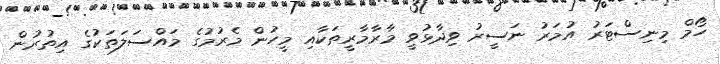
ހޯމް މިނިސްޓަރު އުމަރު ނަސީރު ވިދާޅުވީ މާރާމާރީތަކާއި މީހުން މެރުމުގެ މައްސަލަތަކުގެ އިތުރުން